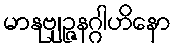
မာနုဗျဉ္ဇနဂ္ဂါဟိနော